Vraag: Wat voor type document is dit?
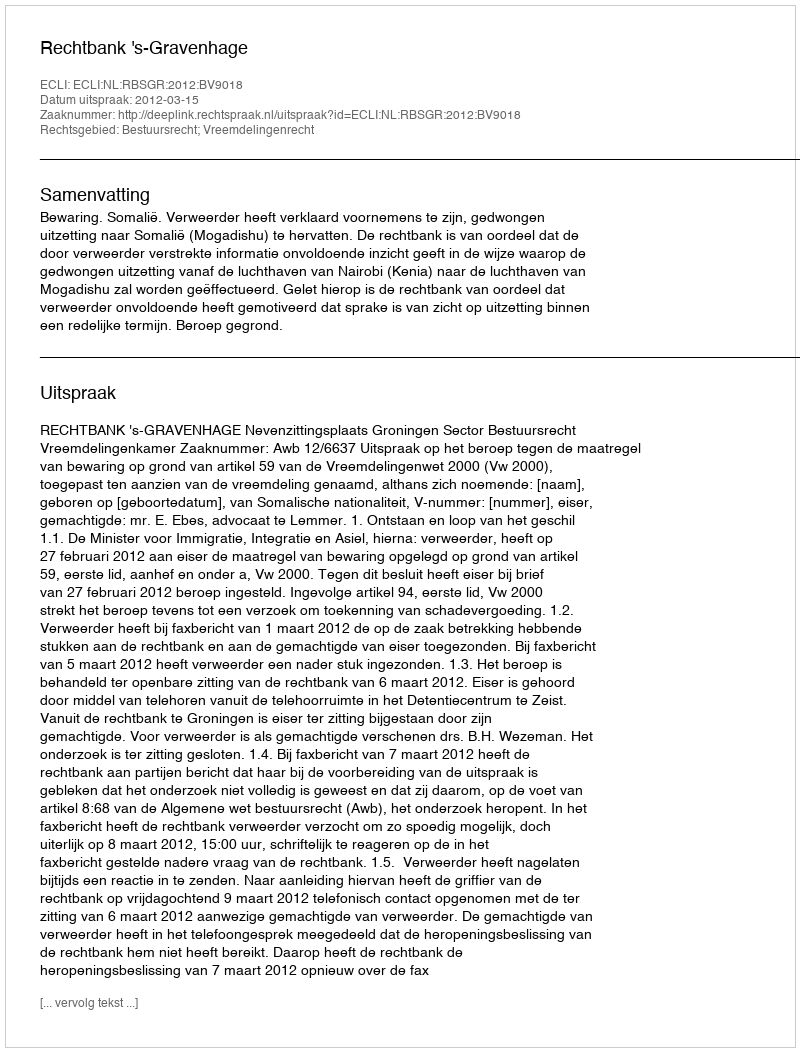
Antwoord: Uitspraak